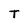
Character: T